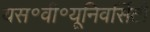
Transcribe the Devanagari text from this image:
यस॰वी॰यूनिवर्सिटी